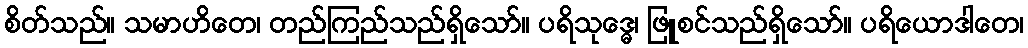
စိတ်သည်။ သမာဟိတေ၊ တည်ကြည်သည်ရှိသော်။ ပရိသုဒ္ဓေ၊ ဖြူစင်သည်ရှိသော်။ ပရိယောဒါတေ၊